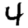
Digit: 4